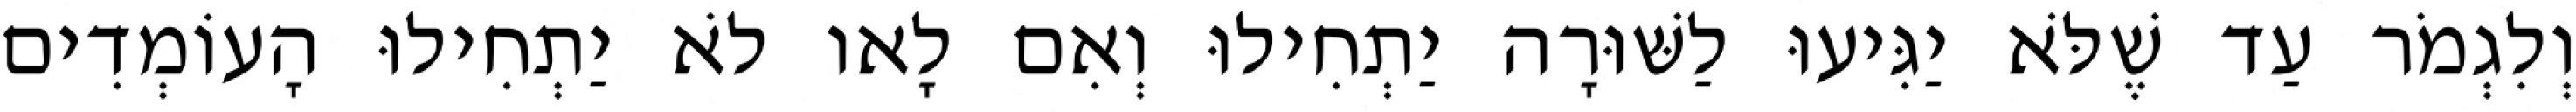
וְלִגְמֹר עַד שֶׁלֹּא יַגִּיעוּ לַשּׁוּרָה יַתְחִילוּ וְאִם לָאו לֹא יַתְחִילוּ הָעוֹמְדִים